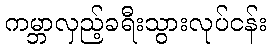
ကမ္ဘာလှည့်ခရီးသွားလုပ်ငန်း